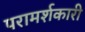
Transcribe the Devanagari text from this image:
परामर्शकारी